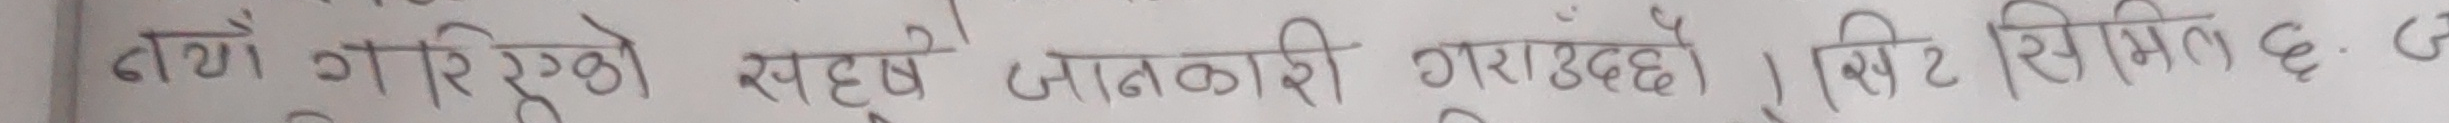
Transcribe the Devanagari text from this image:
टाँय गरिएको स्पष्ट जानकारी गराउँदछ। सिस्टिमिल द ६